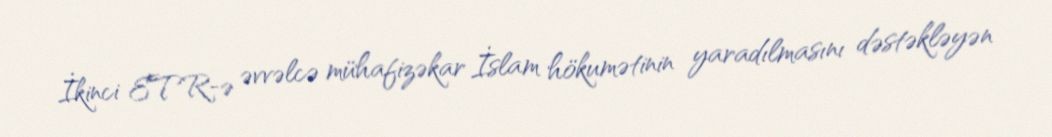
İkinci ETR-ə əvvəlcə mühafizəkar İslam hökumətinin yaradılmasını dəstəkləyən